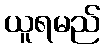
ယူရမည်